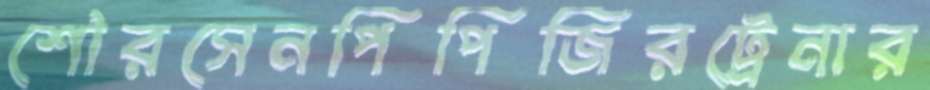
শৌরসেনপিপিজিরট্রেনার